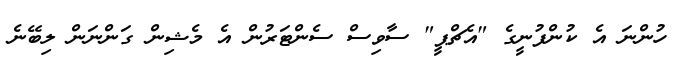
ހުންނަ އެ ކުންފުނީގެ "އެޗްޕީ" ސާވިސް ސެންޓަރުން އެ މެޝިން ގަންނަން ލިބޭނެ